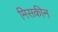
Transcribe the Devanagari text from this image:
मिसकीन